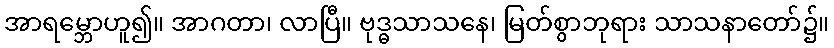
အာရမ္ဘောဟူ၍။ အာဂတာ၊ လာပြီ။ ဗုဒ္ဓသာသနေ၊ မြတ်စွာဘုရား သာသနာတော်၌။